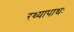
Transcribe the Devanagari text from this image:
रथ्यापाथः